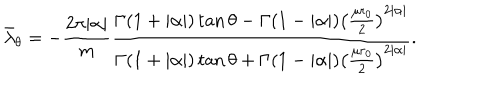
\bar { \lambda } _ { \theta } = - \frac { 2 \pi | \alpha | } { m } \frac { \Gamma ( 1 + | \alpha | ) \tan \theta - \Gamma ( 1 - | \alpha | ) \left( \frac { \mu r _ { 0 } } { 2 } \right) ^ { 2 | \alpha | } } { \Gamma ( 1 + | \alpha | ) \tan \theta + \Gamma ( 1 - | \alpha | ) \left( \frac { \mu r _ { 0 } } { 2 } \right) ^ { 2 | \alpha | } } .